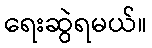
ရေးဆွဲရမယ်။